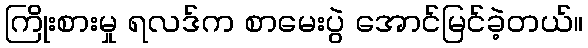
ကြိုးစားမှု ရလဒ်က စာမေးပွဲ အောင်မြင်ခဲ့တယ်။